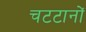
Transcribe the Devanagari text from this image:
चटटानों